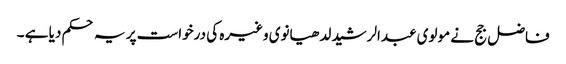
فاضل جج نے مولوی عبدالرشید لدھیانوی وغیرہ کی درخواست پر یہ حکم دیا ہے ۔